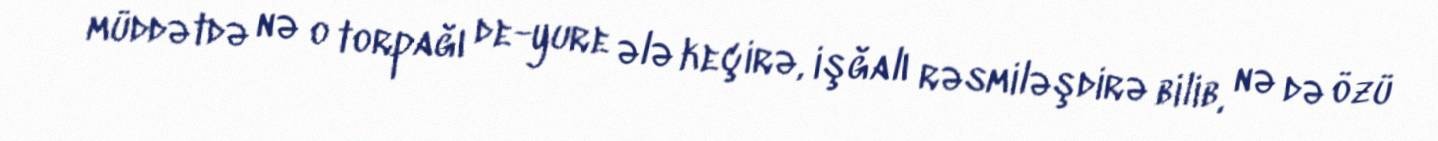
müddətdə nə o torpağı de-yure ələ keçirə, işğalı rəsmiləşdirə bilib, nə də özü